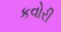
કવોરી